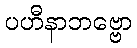
ပဟီနာဘဗ္ဗော